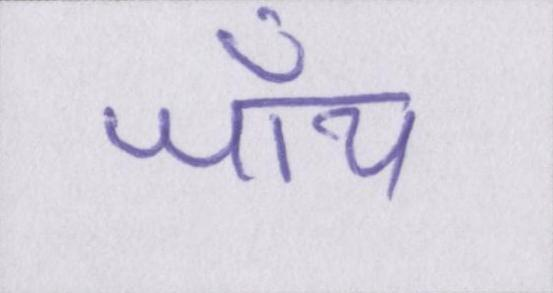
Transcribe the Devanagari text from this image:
जॉय